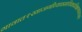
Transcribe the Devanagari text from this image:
गावात१खाजगीव्यावसायिकप्रशिक्षणशाळाआहे